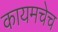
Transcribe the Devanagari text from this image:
कायमचेच